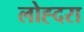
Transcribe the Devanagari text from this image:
लोह्दरा